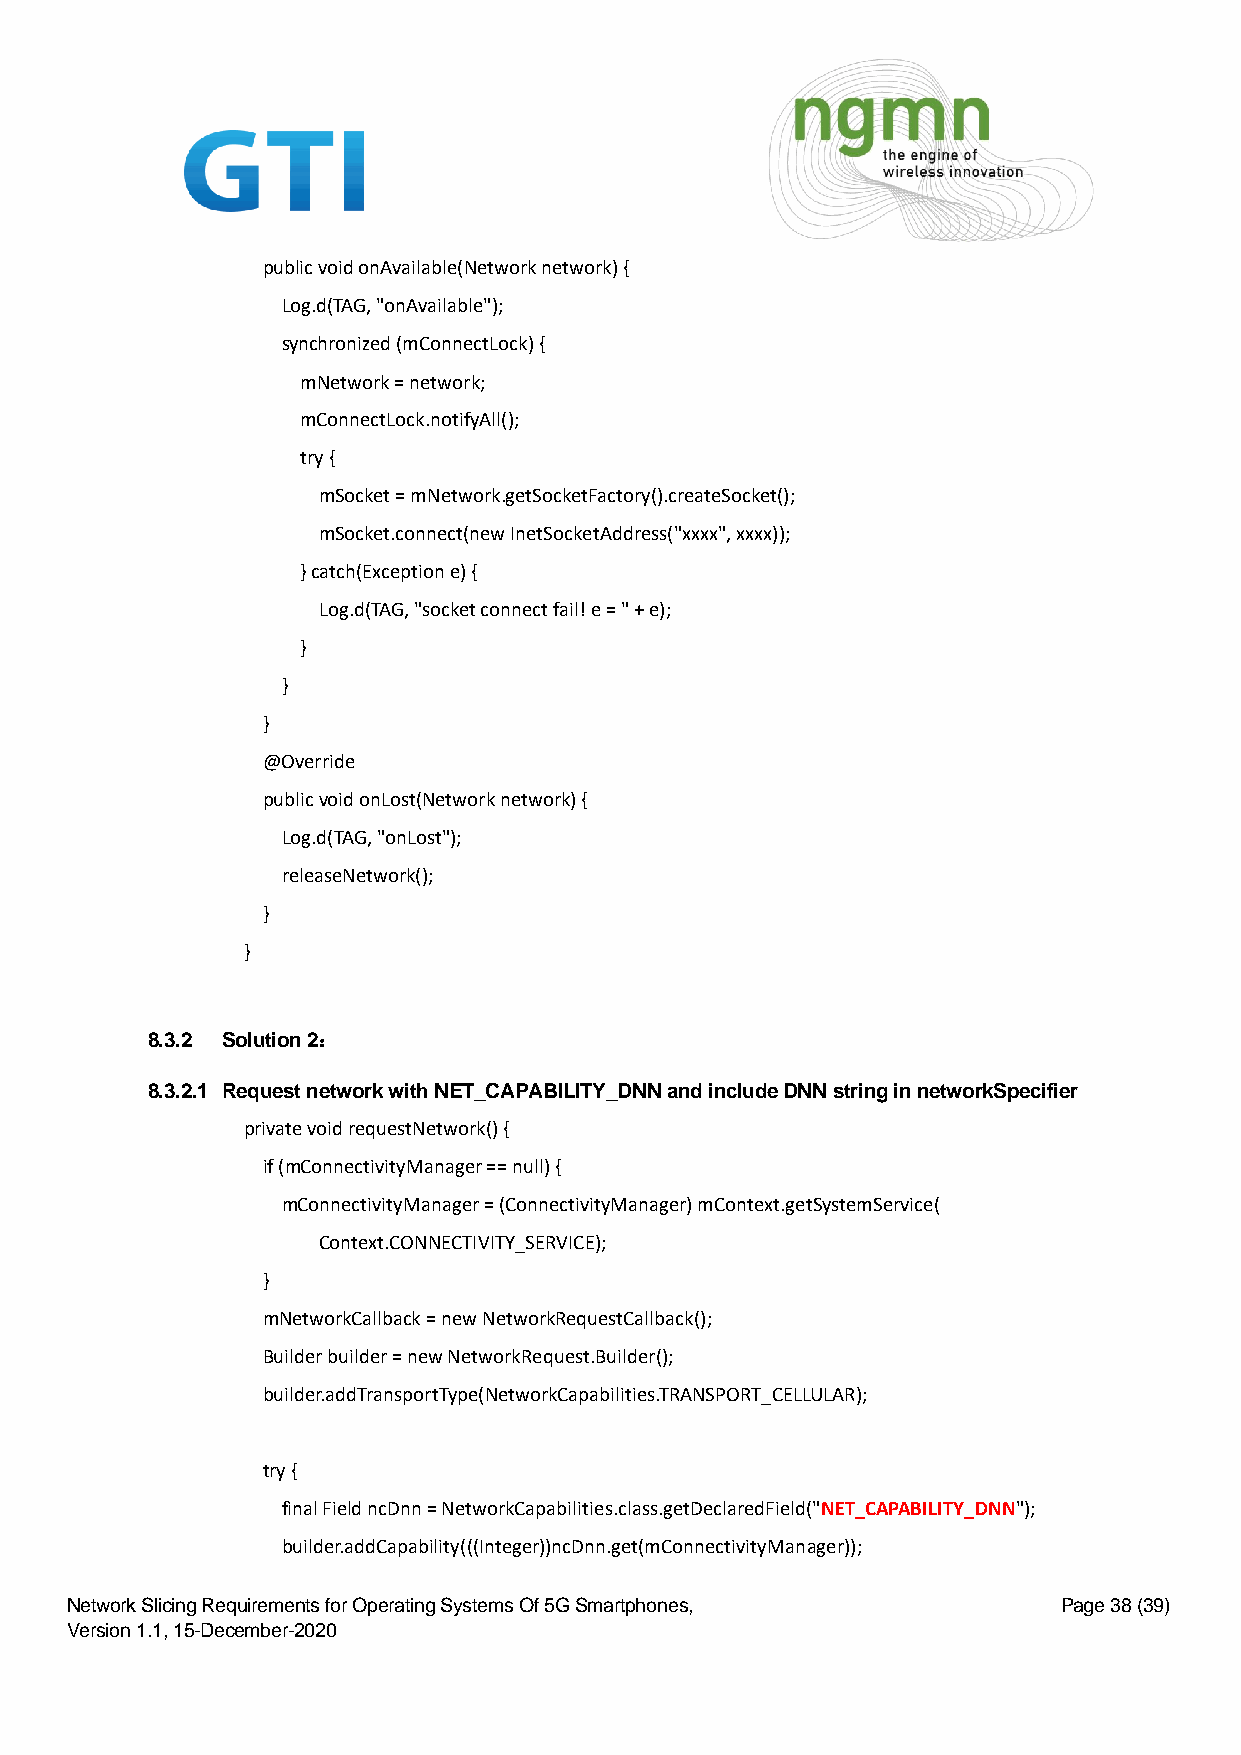
public void onAvailable(Network network) {
 Log.d(TAG, "onAvailable");
 synchronized (mConnectLock) {
 mNetwork = network;
 mConnectLock.notifyAll();
 try {
 mSocket = mNetwork.getSocketFactory().createSocket();
 mSocket.connect(new InetSocketAddress("xxxx", xxxx));
 } catch(Exception e) {
 Log.d(TAG, "socket connect fail! e = " + e);
 }
 }
 }
 @Override
 public void onLost(Network network) {
 Log.d(TAG, "onLost");
 releaseNetwork();
 }
 }
 8.3.2 Solution 2：
 8.3.2.1 Request network with NET_CAPABILITY_DNN and include DNN string in networkSpecifier
 private void requestNetwork() {
 if (mConnectivityManager == null) {
 mConnectivityManager = (ConnectivityManager) mContext.getSystemService(
 Context.CONNECTIVITY_SERVICE);
 }
 mNetworkCallback = new NetworkRequestCallback();
 Builder builder = new NetworkRequest.Builder();
 builder.addTransportType(NetworkCapabilities.TRANSPORT_CELLULAR);
 try {
 final Field ncDnn = NetworkCapabilities.class.getDeclaredField("NET_CAPABILITY_DNN");
 builder.addCapability(((Integer))ncDnn.get(mConnectivityManager));
 Network Slicing Requirements for Operating Systems Of 5G Smartphones, Page 38 (39)
 Version 1.1, 15-December-2020